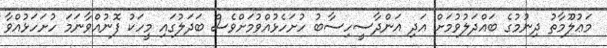
މަޢުލޫމާތު ދިނުމުގެ ބައްދަލުވުމަށް އަދި އަންދާސީހިސާބު ހުށަހެޅުއްވުމަށްވެސް ބަދަލުގައި މީހަކު ފޮނުއްވާނަމަ ހުށަހަޅުއްވާ